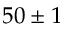
5 0 \pm 1